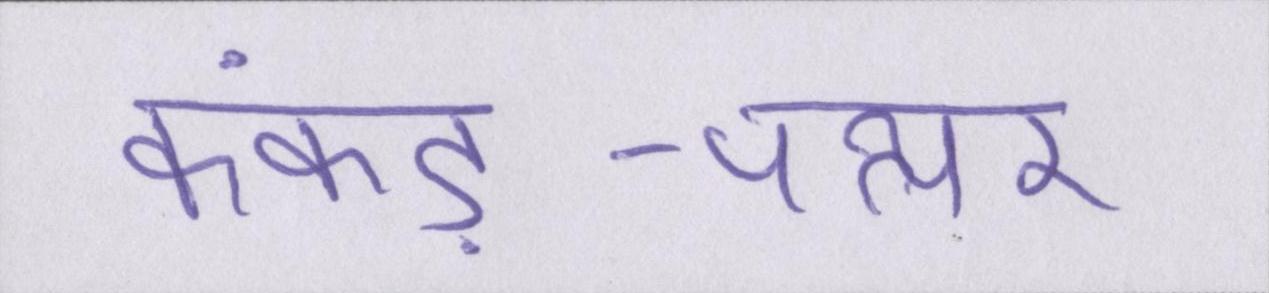
कंकड़-पत्थर